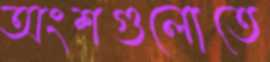
অংশগুলোতে